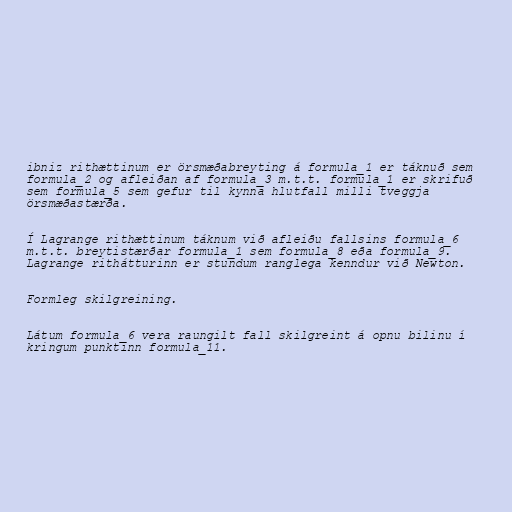
ibniz rithættinum er örsmæðabreyting á formula_1 er táknuð sem
formula_2 og afleiðan af formula_3 m.t.t. formula_1 er skrifuð
sem formula_5 sem gefur til kynna hlutfall milli tveggja
örsmæðastærða.

Í Lagrange rithættinum táknum við afleiðu fallsins formula_6
m.t.t. breytistærðar formula_1 sem formula_8 eða formula_9.
Lagrange rithátturinn er stundum ranglega kenndur við Newton.

Formleg skilgreining.

Látum formula_6 vera raungilt fall skilgreint á opnu bilinu í
kringum punktinn formula_11.